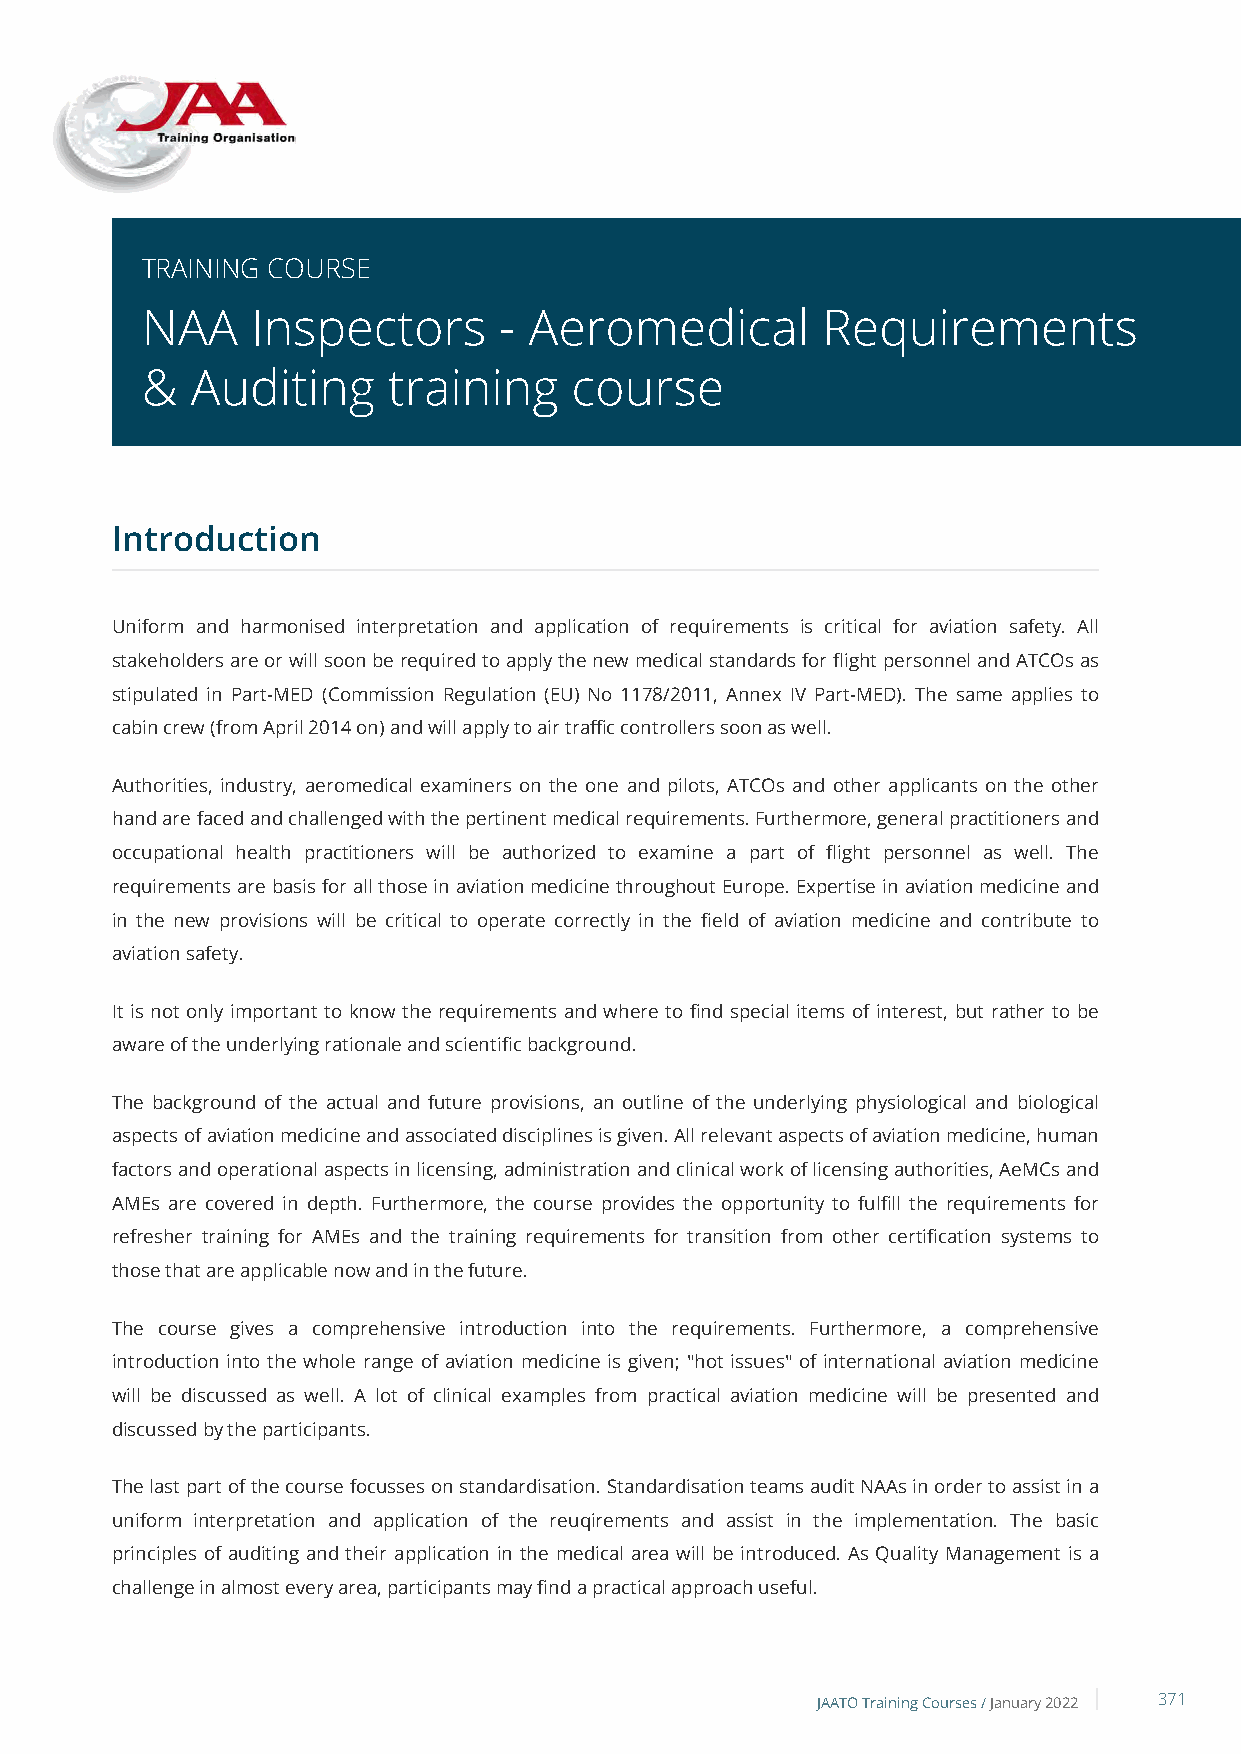
TRAINING COURSE
 NAA     Inspectors      - Aeromedical        Requirements
 &   Auditing     training    course
 Introduction
 Uniform and harmonised interpretation and application of requirements is critical for aviation safety. All
 stakeholders are or will soon be required to apply the new medical standards for flight personnel and ATCOs as
 stipulated in Part-MED (Commission Regulation (EU) No 1178/2011, Annex IV Part-MED). The same applies to
 cabin crew (from April 2014 on) and will apply to air traffic controllers soon as well.
 Authorities, industry, aeromedical examiners on the one and pilots, ATCOs and other applicants on the other
 hand are faced and challenged with the pertinent medical requirements. Furthermore, general practitioners and
 occupational health practitioners will be authorized to examine a part of flight personnel as well. The
 requirements are basis for all those in aviation medicine throughout Europe. Expertise in aviation medicine and
 in the new provisions will be critical to operate correctly in the field of aviation medicine and contribute to
 aviation safety.
 It is not only important to know the requirements and where to find special items of interest, but rather to be
 aware of the underlying rationale and scientific background.
 The background of the actual and future provisions, an outline of the underlying physiological and biological
 aspects of aviation medicine and associated disciplines is given. All relevant aspects of aviation medicine, human
 factors and operational aspects in licensing, administration and clinical work of licensing authorities, AeMCs and
 AMEs are covered in depth. Furthermore, the course provides the opportunity to fulfill the requirements for
 refresher training for AMEs and the training requirements for transition from other certification systems to
 those that are applicable now and in the future.
 The course gives a comprehensive introduction into the requirements. Furthermore, a comprehensive
 introduction into the whole range of aviation medicine is given; "hot issues" of international aviation medicine
 will be discussed as well. A lot of clinical examples from practical aviation medicine will be presented and
 discussed by the participants.
 The last part of the course focusses on standardisation. Standardisation teams audit NAAs in order to assist in a
 uniform interpretation and application of the reuqirements and assist in the implementation. The basic
 principles of auditing and their application in the medical area will be introduced. As Quality Management is a
 challenge in almost every area, participants may find a practical approach useful.
 JAATO Training Courses /January 2022 371